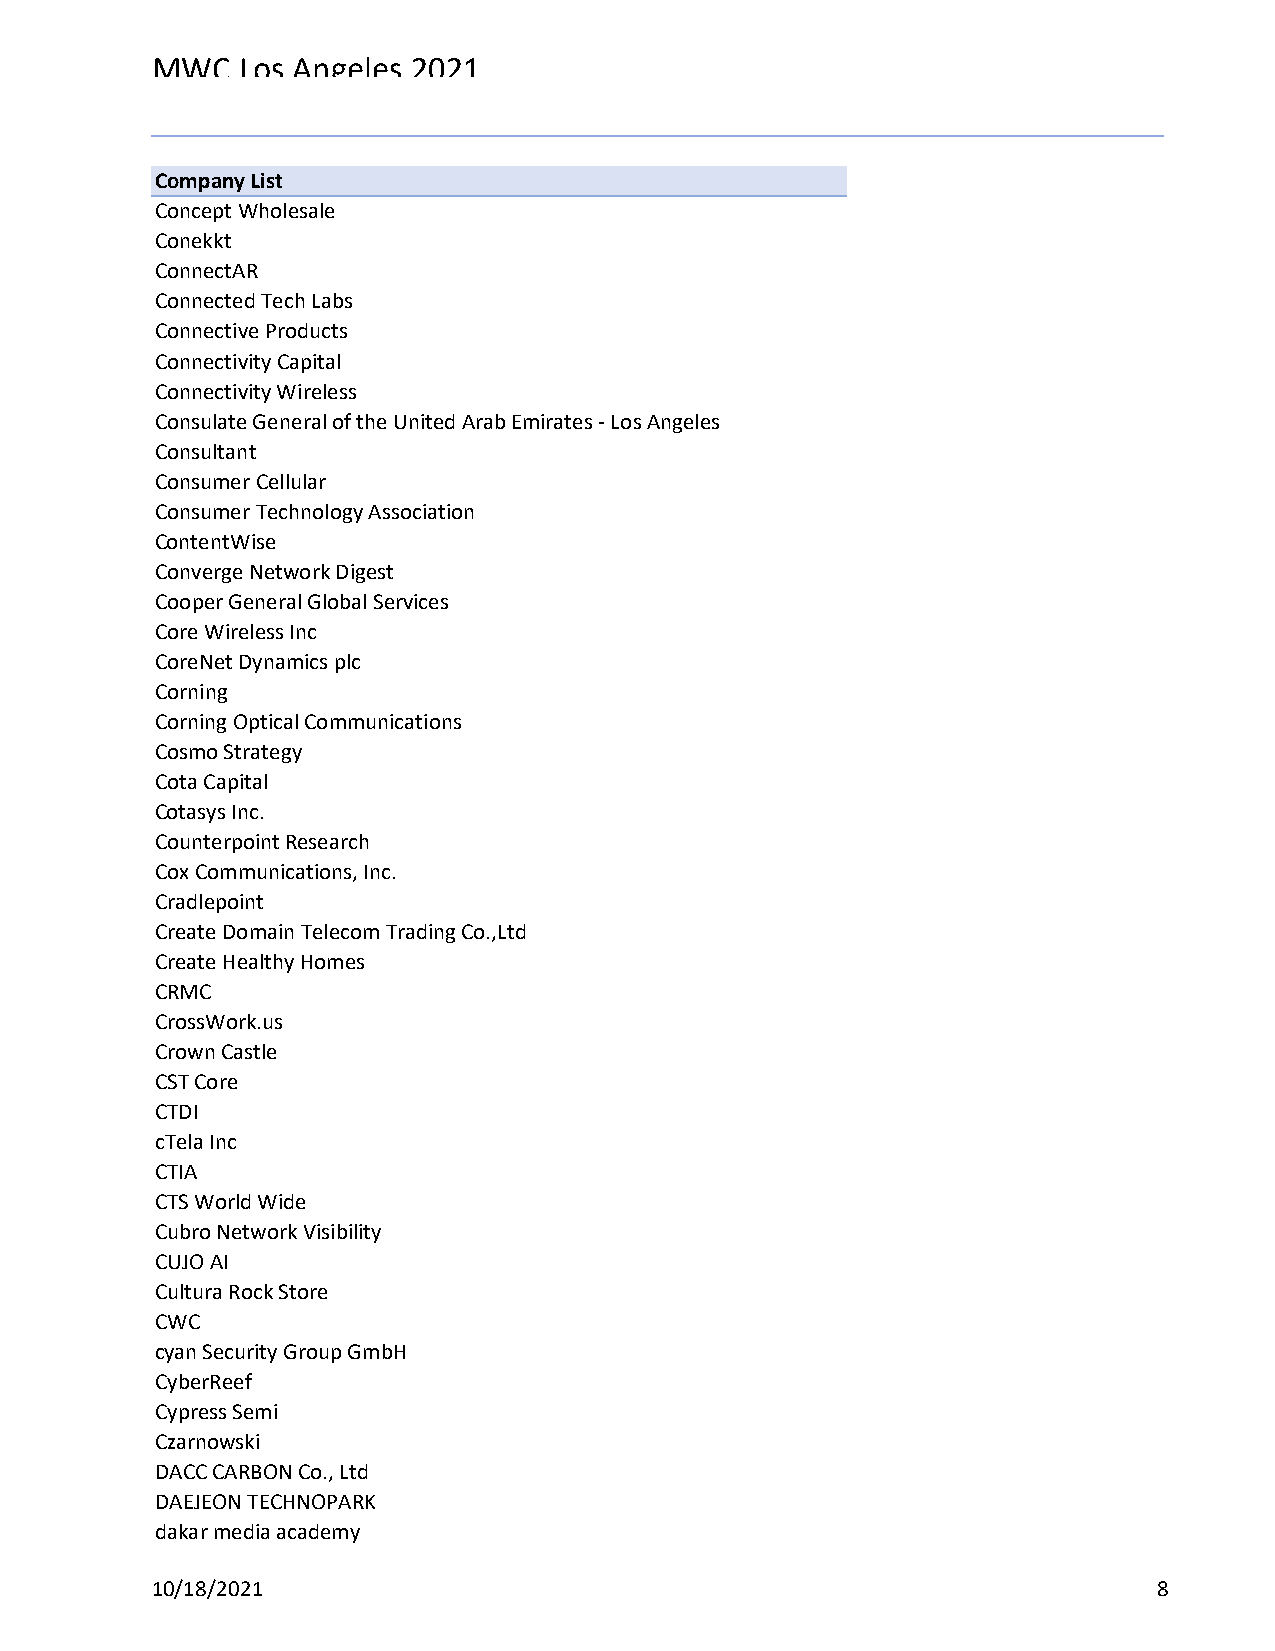
MWC   Los Angeles 2021
 Reg Status                                    Registration Complete
 Code Description                              (Multiple Items)
 Company List
 Concept Wholesale
 Conekkt
 ConnectAR
 Connected Tech Labs
 Connective Products
 Connectivity Capital
 Connectivity Wireless
 Consulate General of the United Arab Emirates - Los Angeles
 Consultant
 Consumer Cellular
 Consumer Technology Association
 ContentWise
 Converge Network Digest
 Cooper General Global Services
 Core Wireless Inc
 CoreNet Dynamics plc
 Corning
 Corning Optical Communications
 Cosmo Strategy
 Cota Capital
 Cotasys Inc.
 Counterpoint Research
 Cox Communications, Inc.
 Cradlepoint
 Create Domain Telecom Trading Co.,Ltd
 Create Healthy Homes
 CRMC
 CrossWork.us
 Crown Castle
 CST Core
 CTDI
 cTela Inc
 CTIA
 CTS World Wide
 Cubro Network Visibility
 CUJO AI
 Cultura Rock Store
 CWC
 cyan Security Group GmbH
 CyberReef
 Cypress Semi
 Czarnowski
 DACC CARBON Co., Ltd
 DAEJEON TECHNOPARK
 dakar media academy
 10/18/2021                                                         8